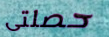
حصلتى